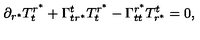
\partial _ { r ^ { \ast } } { T _ { t } ^ { r ^ { \ast } } } + \Gamma _ { t r ^ { \ast } } ^ { t } T _ { t } ^ { r ^ { \ast } } - \Gamma _ { t t } ^ { r ^ { \ast } } T _ { r ^ { \ast } } ^ { t } = 0 ,